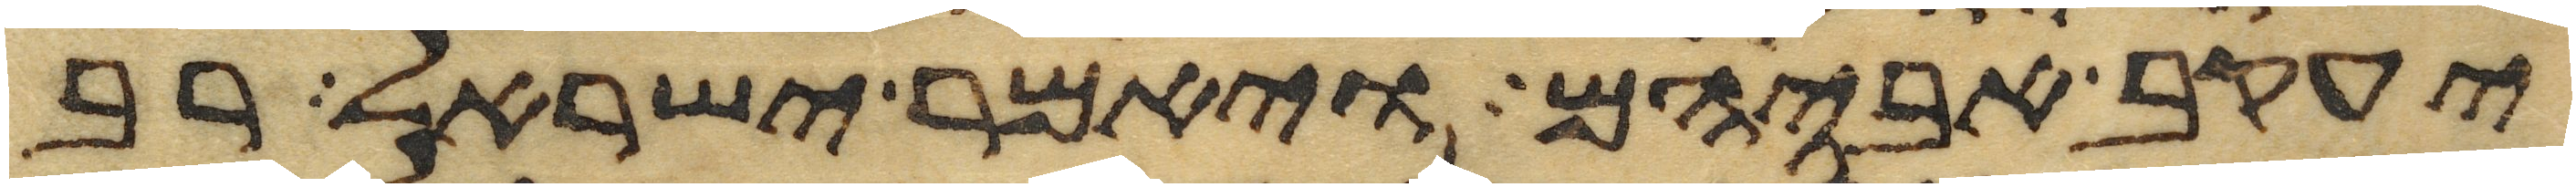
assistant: יעקב אביהם ויאמר ישראל רב